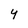
Character: Y